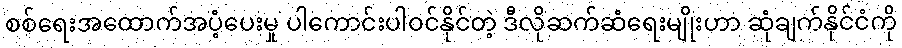
စစ်ရေးအထောက်အပံ့ပေးမှု ပါကောင်းပါဝင်နိုင်တဲ့ ဒီလိုဆက်ဆံရေးမျိုးဟာ ဆုံချက်နိုင်ငံကို